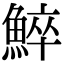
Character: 䱣